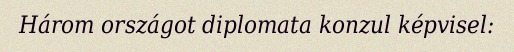
Három országot diplomata konzul képvisel: